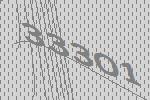
33301